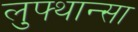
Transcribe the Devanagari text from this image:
लुफ्थान्सा